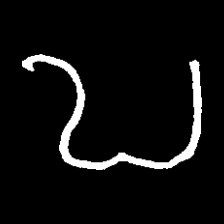
Pyu character \u2014 Myanmar letter: ဎ (romanized: ddha)